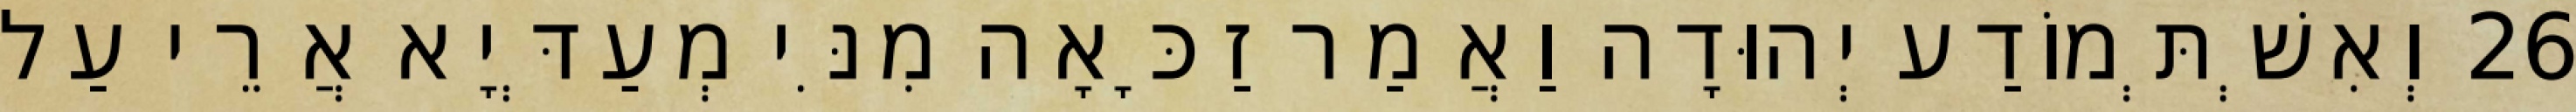
26 וְאִשְׁתְּמוֹדַע יְהוּדָה וַאֲמַר זַכָּאָה מִנִּי מְעַדְּיָא אֲרֵי עַל